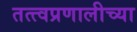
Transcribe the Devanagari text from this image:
तत्त्वप्रणालीच्या